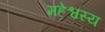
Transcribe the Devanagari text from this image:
महेश्वस्य